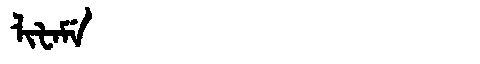
Manchu: ᠯᡳᡶᠠᠮᡝ
Romanization: LIFAME